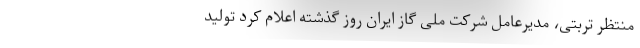
منتظر تربتی، مدیرعامل شرکت ملی گاز ایران روز گذشته اعلام کرد تولید